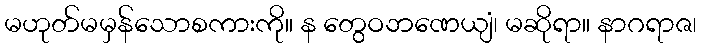
မဟုတ်မမှန်သောစကားကို။ န တွေဝဘဏေယျံ၊ မဆိုရာ။ နာဂရာဇ၊